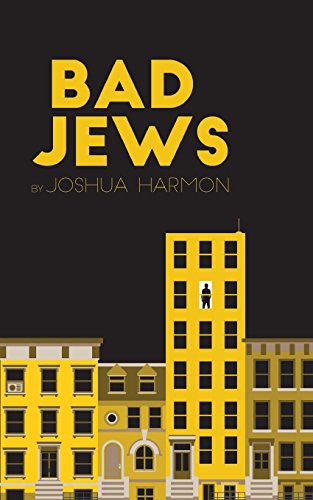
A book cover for Bad Jews; Joshua Harmon; Literature & Fiction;